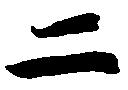
二